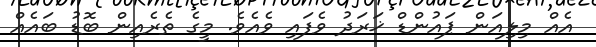
އެއް މިލިއަން ޕައުންޑް ޚަރަދު ވެފައި ވެއެވެ. މީގެ ތެރެއިން ބޮޑު ބައެއް